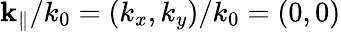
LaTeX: {\mathbf{k}}_{\Vert}/k_{0}=(k_{x},k_{y})/k_{0}=(0,0)